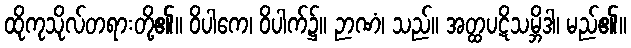
ထိုကုသိုလ်တရားတို့၏။ ဝိပါကေ၊ ဝိပါက်၌။ ဉာဏံ၊ သည်။ အတ္ထပဋိသမ္ဘိဒါ၊ မည်၏။